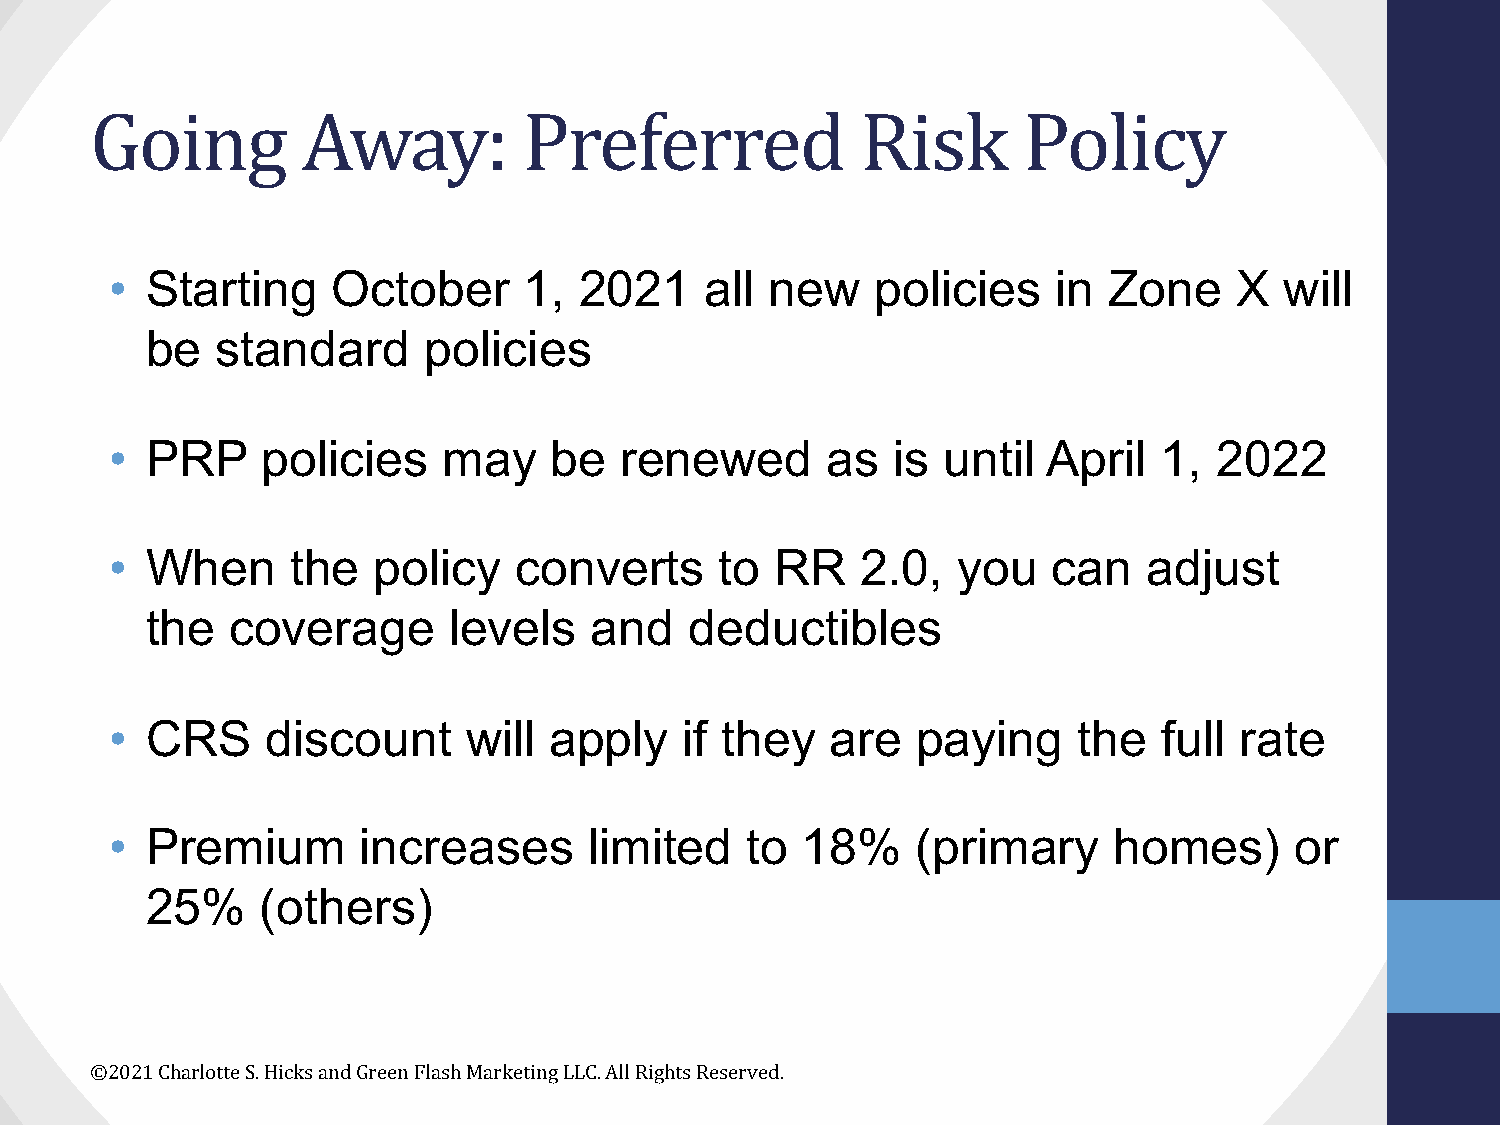
Going         Away:          Preferred             Risk       Policy
 •  Starting    October      1, 2021     all new    policies    in Zone     X  will
 be  standard      policies
 •  PRP    policies    may     be  renewed       as  is until  April   1,  2022
 •  When     the   policy   converts      to RR    2.0,  you    can   adjust
 the  coverage       levels   and    deductibles
 •  CRS     discount     will apply    if they   are   paying    the   full rate
 •  Premium       increases      limited   to  18%     (primary     homes)      or
 25%    (others)
 ©2021 Charlotte S. Hicks and Green Flash Marketing LLC. All Rights Reserved.